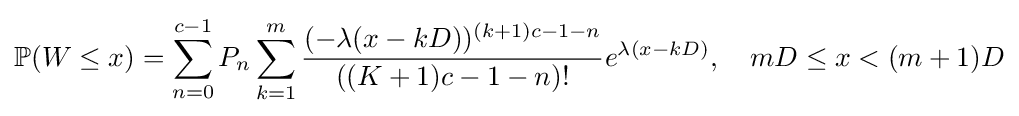
\mathbb {P} (W\leq x)=\sum _{n=0}^{c-1}P_{n}\sum _{k=1}^{m}{\frac {(-\lambda (x-kD))^{(k+1)c-1-n}}{((K+1)c-1-n)!}}e^{\lambda (x-kD)},\quad mD\leq x<(m+1)D